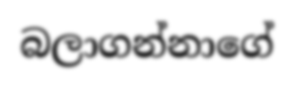
බලාගන්නාගේ